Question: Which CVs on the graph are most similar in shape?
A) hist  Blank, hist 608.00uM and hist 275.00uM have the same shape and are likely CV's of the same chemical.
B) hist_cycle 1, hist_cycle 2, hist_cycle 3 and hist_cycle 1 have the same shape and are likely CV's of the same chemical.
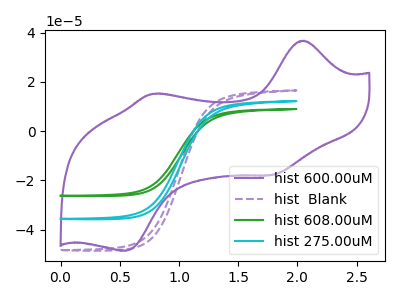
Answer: <think>The purple curve "hist 600.00uM" has anodic peaks at (2.05V, 36.75uA) (0.80V, 15.15uA) and cathodic peaks at (1.80V, -17.80uA) (0.55V, -48.60uA). The purple dashed curve "hist  Blank" has no peaks. The green curve "hist 608.00uM" has no peaks. The cyan curve "hist 275.00uM" has no peaks.
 "hist 600.00uM" and "hist  Blank" have a different number of peaks. "hist 600.00uM" and "hist 608.00uM" have a different number of peaks. "hist 600.00uM" and "hist 275.00uM" have a different number of peaks. Neither "hist  Blank" or "hist 608.00uM" have any peaks. Neither "hist  Blank" or "hist 275.00uM" have any peaks. Neither "hist 608.00uM" or "hist 275.00uM" have any peaks.</think>
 <answer>A) "hist  Blank", "hist 608.00uM" and "hist 275.00uM" have the same shape and are likely CV's of the same chemical.</answer>
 <eval>A</eval>